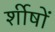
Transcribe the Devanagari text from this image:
र्शीषों